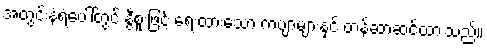
အတွင်းနံရံပေါ်တွင် နွီစူးဖြင့် ရေးထားသော ကဗျာများနှင့် တန်ဆာဆင်ထားသည်။